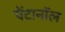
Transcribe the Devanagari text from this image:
पेंटानॉल